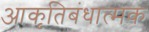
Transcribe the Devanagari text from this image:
आकृतिबंधात्मक